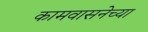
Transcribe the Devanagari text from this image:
कामवासनेच्या